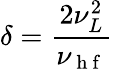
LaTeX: \delta=\frac{2\nu_{L}^{2}}{\nu_{\mathrm{~h~f~}}}